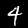
Label: 4